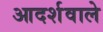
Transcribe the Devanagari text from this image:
आदर्शवाले